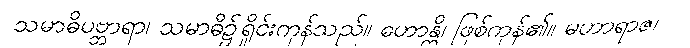
သမာဓိပဗ္ဘာရာ၊ သမာဓိ၌ရှိုင်းကုန်သည်။ ဟောန္တိ၊ ဖြစ်ကုန်၏။ မဟာရာဇ၊